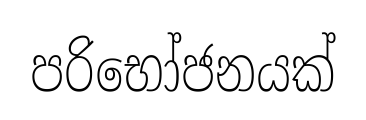
පරිභෝජනයක්